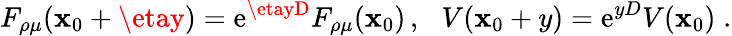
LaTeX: F_{\rho\mu}(\mathbf{x}_{0}+\etay)=\mathrm{{e}}^{\etayD}F_{\rho\mu}(\mathbf{x}_{0})\, ,\, \, \, \, V(\mathbf{x}_{0}+y)=\mathrm{{e}}^{yD}V(\mathbf{x}_{0})\; .